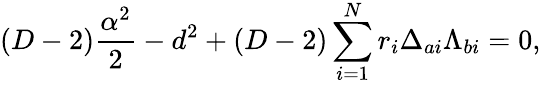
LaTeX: (D-2){\frac{\alpha^{2}}{2}}-d^{2}+(D-2)\sum_{i=1}^{N}r_{i}\Delta_{ai}\Lambda_{bi}=0,